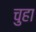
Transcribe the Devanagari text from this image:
चुहा